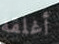
أغلقه